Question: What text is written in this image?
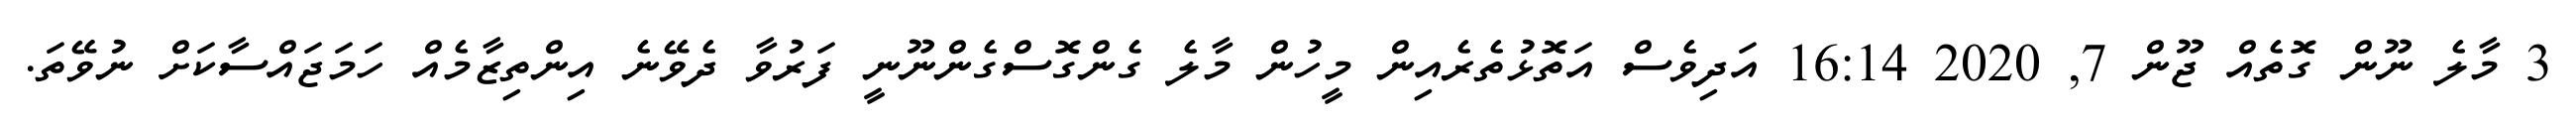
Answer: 3 މާލެ ނޫން ގޮތެއް ޖޫން 7, 2020 16:14 އަދިވެސް އަތޮޅުތެރެއިން މީހުން މާލެ ގެންގޮސްގެންނޫނީ ފަރުވާ ދެވޭނެ އިންތިޒާމެއް ހަމަޖައްސާކަށް ނުވޭތަ.